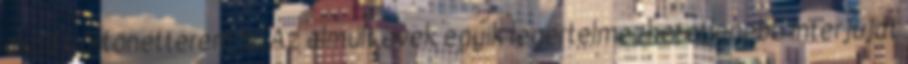
akad börtönétterem is. Az elmúlt évek egyik legértelmezhetet­lenebb interjúját